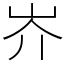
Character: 岕